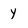
Character: y